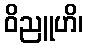
ဝိညူဟိ၊